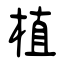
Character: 植